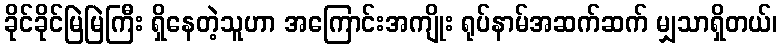
ခိုင်ခိုင်မြဲမြဲကြီး ရှိနေတဲ့သူဟာ အကြောင်းအကျိုး ရုပ်နာမ်အဆက်ဆက် မျှသာရှိတယ်၊